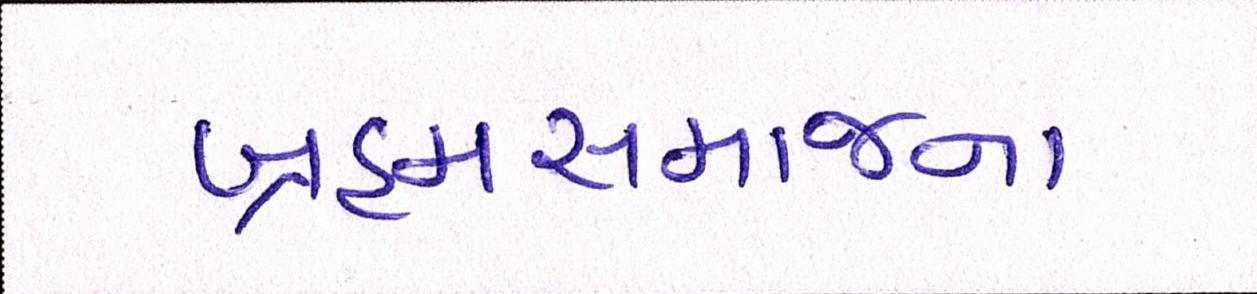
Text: બ્રહ્મસમાજના